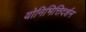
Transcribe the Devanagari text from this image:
योनिभित्तिदर्शन